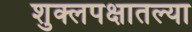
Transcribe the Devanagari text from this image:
शुक्लपक्षातल्या